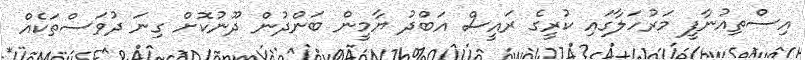
އިސްތިއުނާފީ މަރުހަލާގައި ކުރީގެ ރައީސް އަބްދު ޔާމީން ބަންދުން ދޫނުކޮށް ގިނަ ދުވަސްތަކެއް